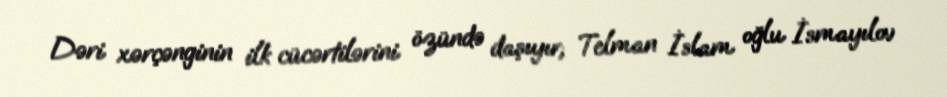
Dəri xərçənginin ilk cücərtilərini özündə daşıyır; Telman İslam oğlu İsmayılov